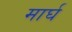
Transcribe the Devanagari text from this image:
मार्घ